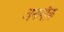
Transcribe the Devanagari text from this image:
अनलौक